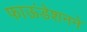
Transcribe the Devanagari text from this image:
फाऊंडेशनने